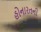
હોનારતની